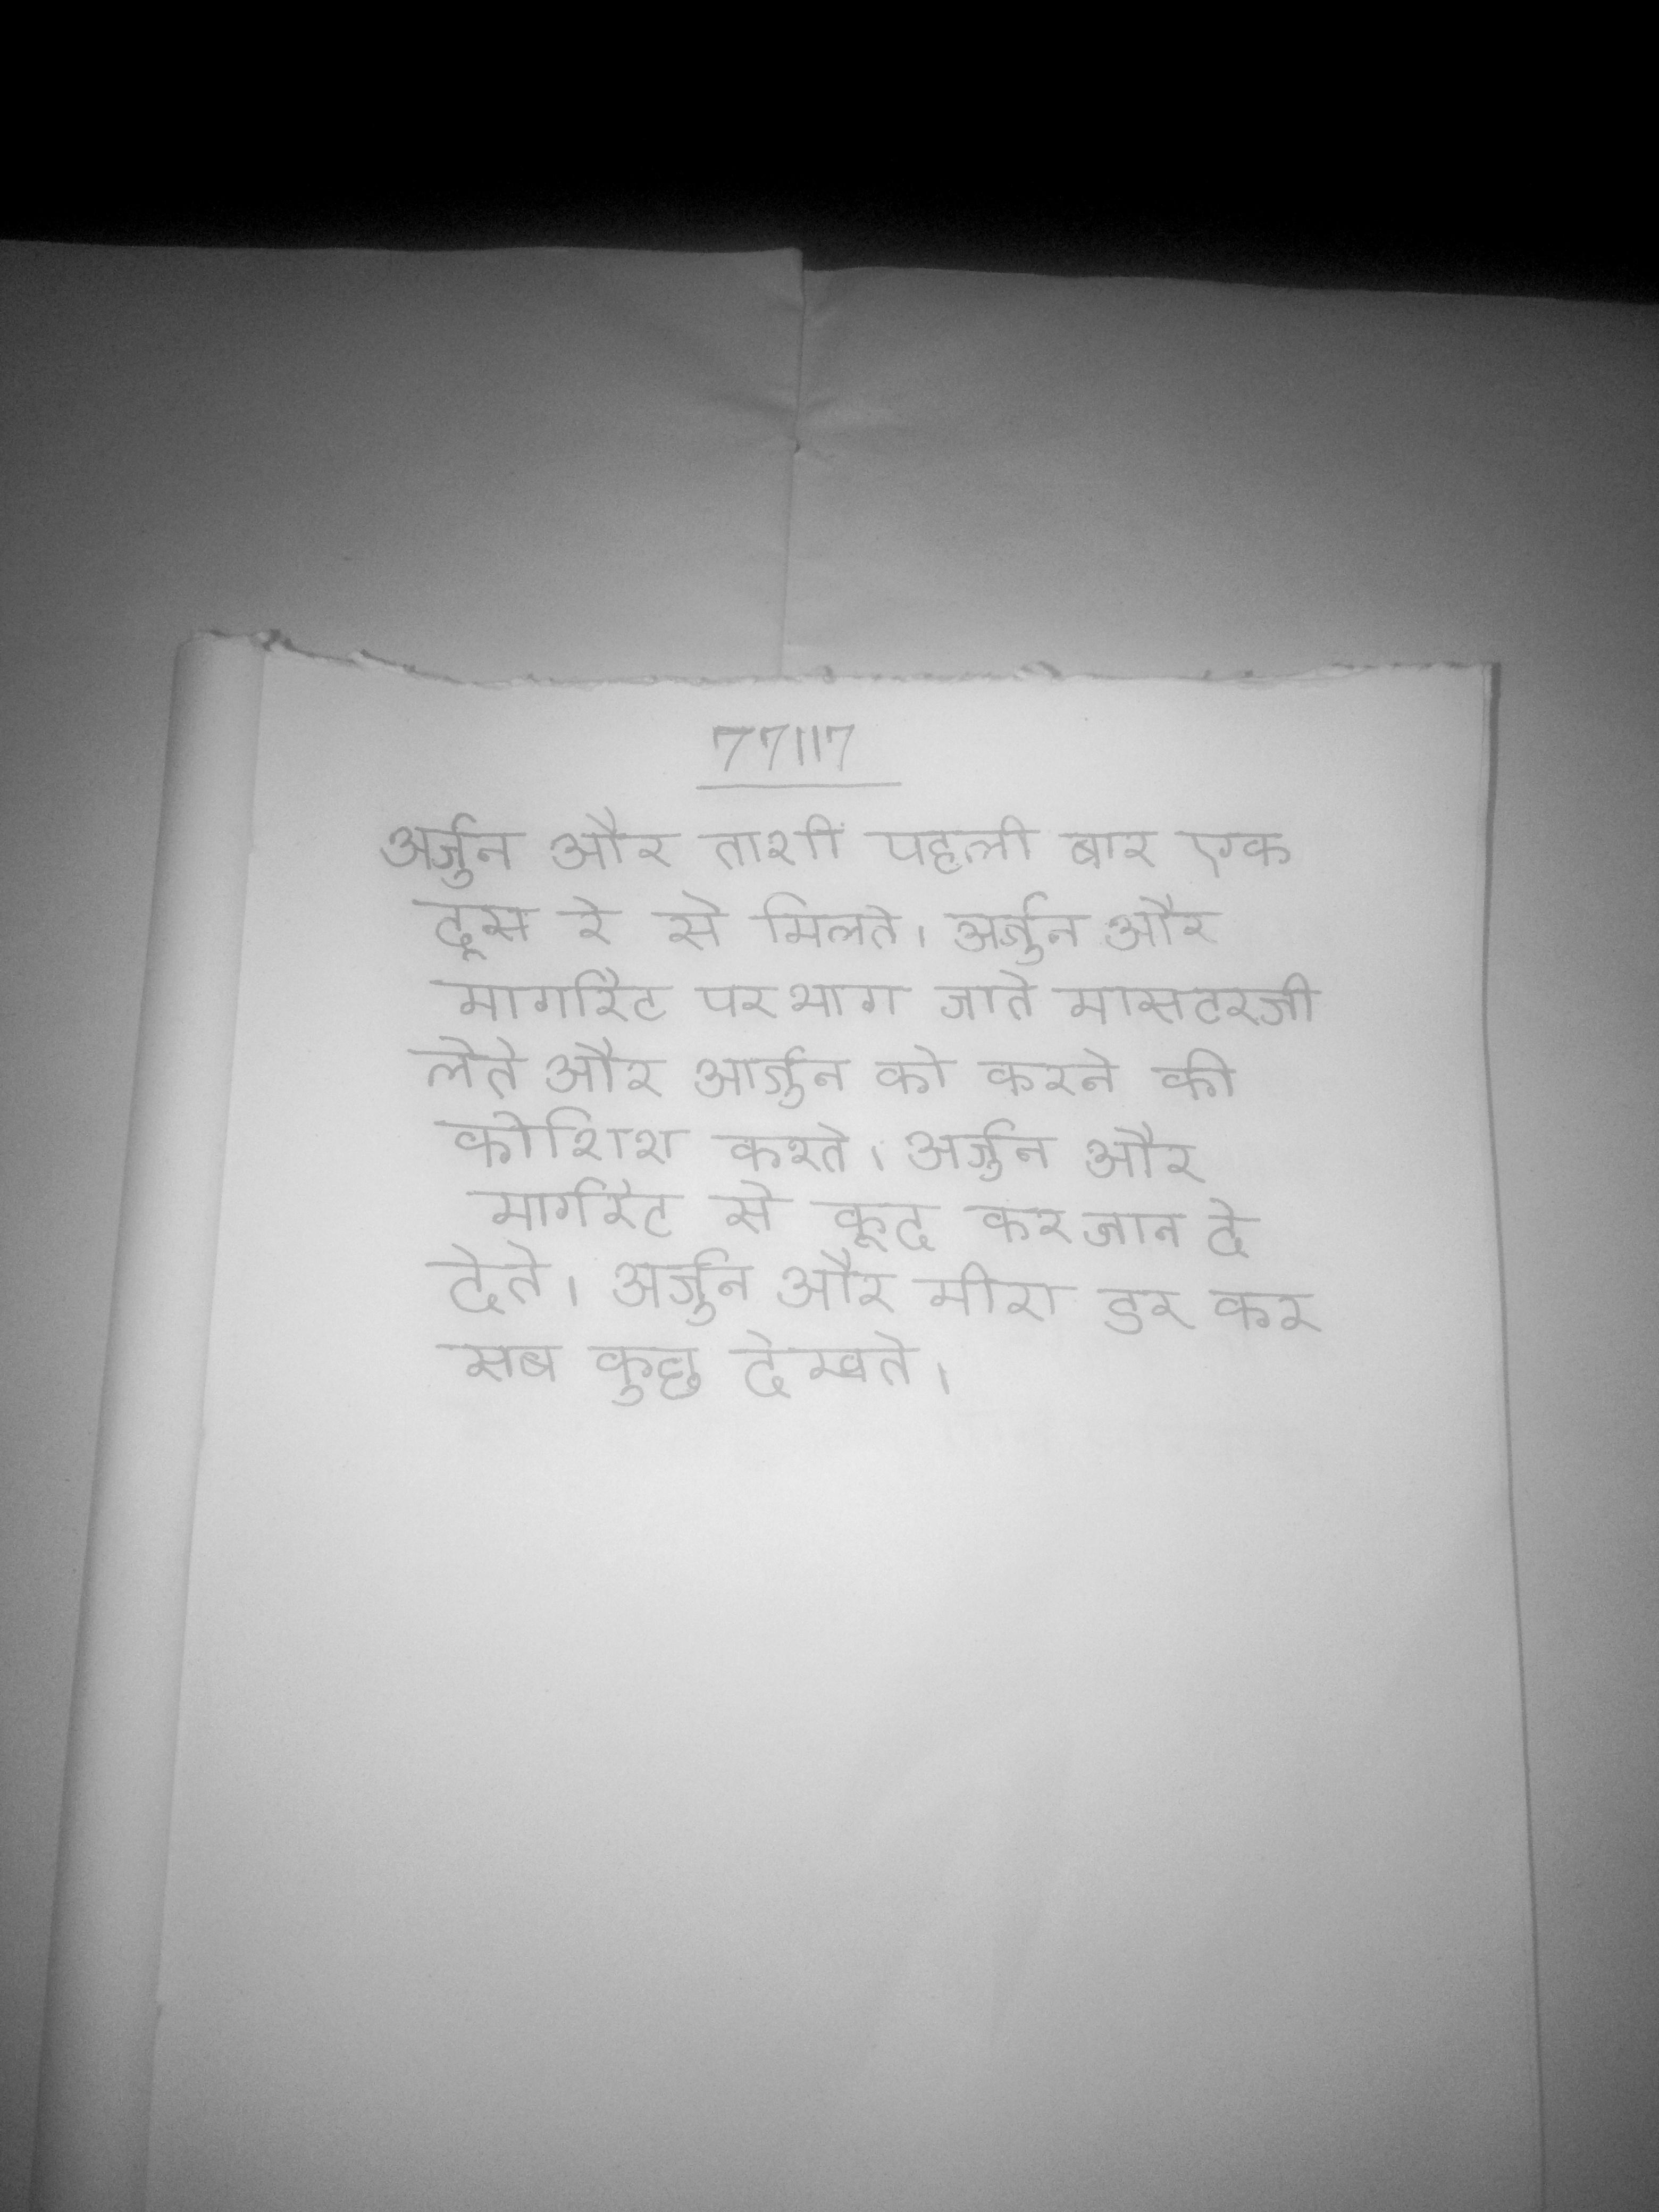
अर्जुन और ताशी पहली बार एक दूसरे से मिलते । अर्जुन और मार्गरेट पर भाग जाते मास्टरजी लेते और अर्जुन को करने की कोशिश करते । अर्जुन और मार्गरेट से कूद कर जान दे देते । अर्जुन और मीरा डर कर ये सब कुछ देखते ।